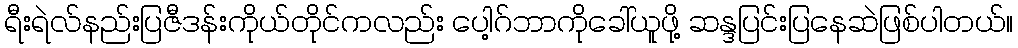
ရီးရဲလ်နည်းပြဇီဒန်းကိုယ်တိုင်ကလည်း ပေါ့ဂ်ဘာကိုခေါ်ယူဖို့ ဆန္ဒပြင်းပြနေဆဲဖြစ်ပါတယ်။